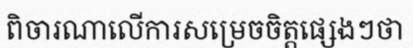
ពិចារណាលើការសម្រេចចិត្តផ្សេងៗថា